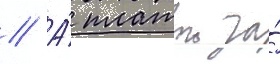
// А́ платои за́